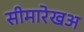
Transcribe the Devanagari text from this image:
सीमारेखअ